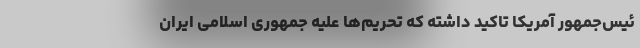
ئیس‌جمهور آمریکا تاکید داشته که تحریم‌ها علیه جمهوری اسلامی‌ ایران